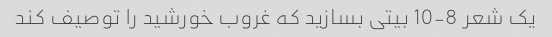
یک شعر 8-10 بیتی بسازید که غروب خورشید را توصیف کند